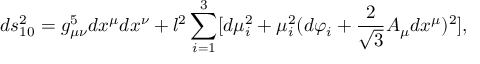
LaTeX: d s _ { 1 0 } ^ { 2 } = g _ { \mu \nu } ^ { 5 } d x ^ { \mu } d x ^ { \nu } + l ^ { 2 } \sum _ { i = 1 } ^ { 3 } [ d \mu _ { i } ^ { 2 } + \mu _ { i } ^ { 2 } ( d \varphi _ { i } + \frac { 2 } { \sqrt { 3 } } A _ { \mu } d x ^ { \mu } ) ^ { 2 } ] ,